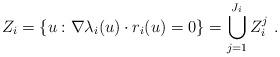
LaTeX: \begin{align*}Z_{i}=\{u : \nabla\lambda_{i}(u)\cdot r_{i}(u)=0\}=\bigcup_{j=1}^{J_{i} }Z_{i}^{j}\ .\end{align*}